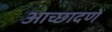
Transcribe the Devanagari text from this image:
आच्छादणें